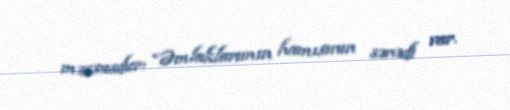
məxsusdur: “Əmlaklarımın hamısının sənədi var.